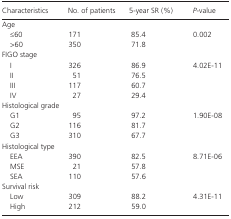
<table><thead><tr><td><b>Characteristics</b></td><td><b>No. of patients</b></td><td><b>5‐year SR (%)</b></td><td><b><i>P</i>‐value</b></td></tr></thead><tbody><tr><td colspan="4">Age</td></tr><tr><td>≤60</td><td>171</td><td>85.4</td><td rowspan="2">0.002</td></tr><tr><td>&gt;60</td><td>350</td><td>71.8</td></tr><tr><td colspan="4">FIGO stage</td></tr><tr><td>I</td><td>326</td><td>86.9</td><td rowspan="4">4.02E‐11</td></tr><tr><td>II</td><td>51</td><td>76.5</td></tr><tr><td>III</td><td>117</td><td>60.7</td></tr><tr><td>IV</td><td>27</td><td>29.4</td></tr><tr><td colspan="4">Histological grade</td></tr><tr><td>G1</td><td>95</td><td>97.2</td><td rowspan="3">1.90E‐08</td></tr><tr><td>G2</td><td>116</td><td>81.7</td></tr><tr><td>G3</td><td>310</td><td>67.7</td></tr><tr><td colspan="4">Histological type</td></tr><tr><td>EEA</td><td>390</td><td>82.5</td><td rowspan="3">8.71E‐06</td></tr><tr><td>MSE</td><td>21</td><td>57.8</td></tr><tr><td>SEA</td><td>110</td><td>57.6</td></tr><tr><td colspan="4">Survival risk</td></tr><tr><td>Low</td><td>309</td><td>88.2</td><td rowspan="2">4.31E‐11</td></tr><tr><td>High</td><td>212</td><td>59.0</td></tr></tbody></table>